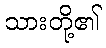
သားတို့၏